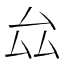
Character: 厽